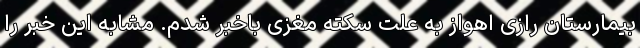
بیمارستان رازی اهواز به علت سکته مغزی باخبر شدم. مشابه این خبر را